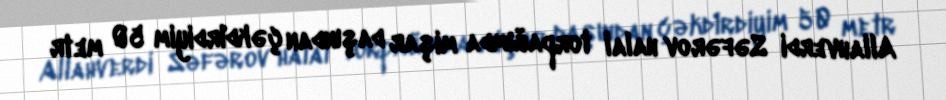
Allahverdi Səfərov halal torpağımda mişar daşından çəkdirdiyim 50 metr